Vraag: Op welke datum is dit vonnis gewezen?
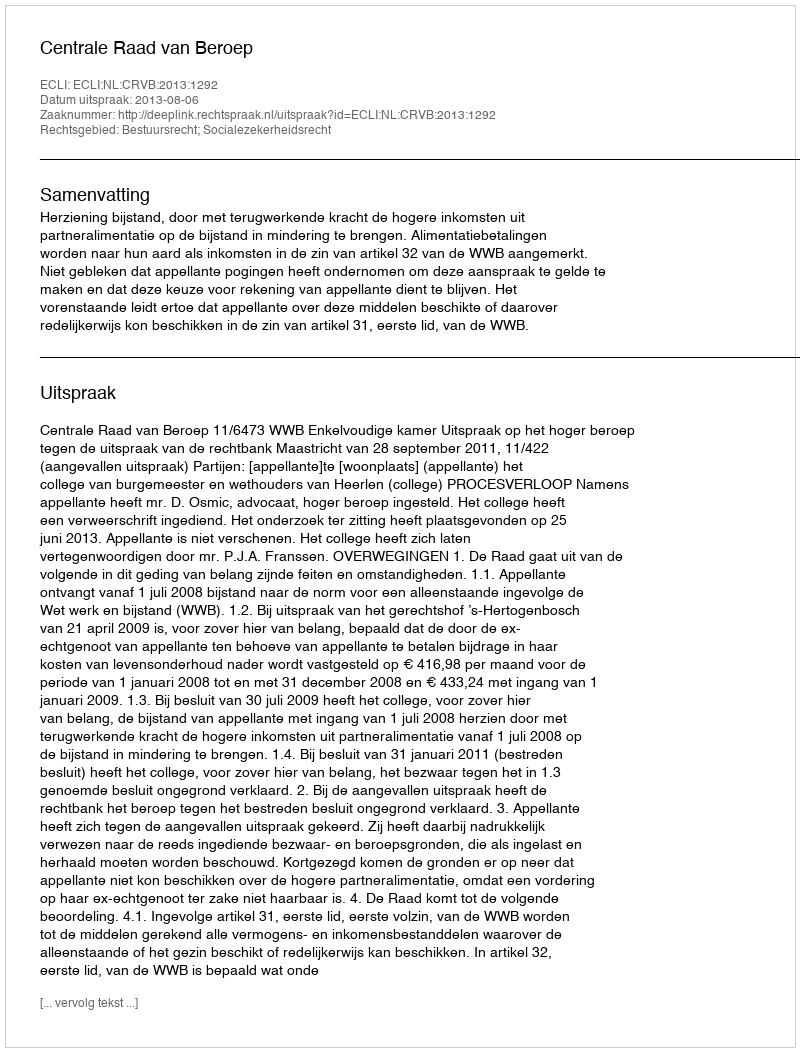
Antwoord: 2013-08-06